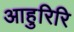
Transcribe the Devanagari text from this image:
आहुरिरि